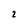
Character: 2